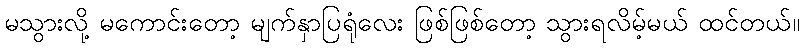
မသွားလို့ မကောင်းတော့ မျက်နှာပြရုံလေး ဖြစ်ဖြစ်တော့ သွားရလိမ့်မယ် ထင်တယ်။